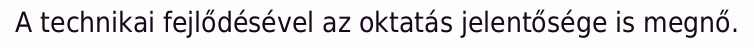
A technikai fejlődésével az oktatás jelentősége is megnő.